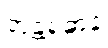
အန္တရဓာနံ